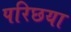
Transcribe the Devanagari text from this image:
परिछया